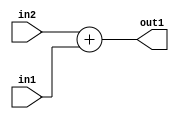
`timescale 1ps / 1ps
/*****************************************************************************
    Verilog RTL Description
    
    
    Created by: CellMath Designer 2019.1.01 
*******************************************************************************/

module DFT_compute_Add_3Ux3U_4U_0 (
	in2,
	in1,
	out1
	); /* architecture "behavioural" */ 
input [2:0] in2,
	in1;
output [3:0] out1;
wire [3:0] asc001;

assign asc001 = 
	+(in2)
	+(in1);

assign out1 = asc001;
endmodule

/* CADENCE  urn2TQ4= : u9/ySgnWtBlWxVPRXgAZ4Og= ** DO NOT EDIT THIS LINE ******/